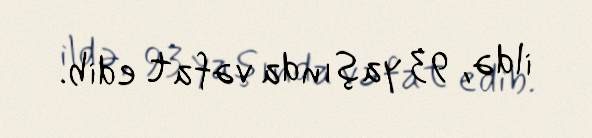
ildə, 93 yaşında vəfat edib.